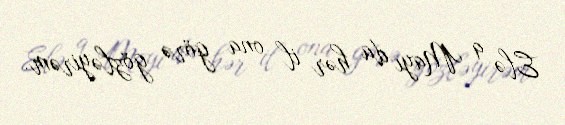
Elə 9 Mayı da hər il ona görə gözləyirəm.